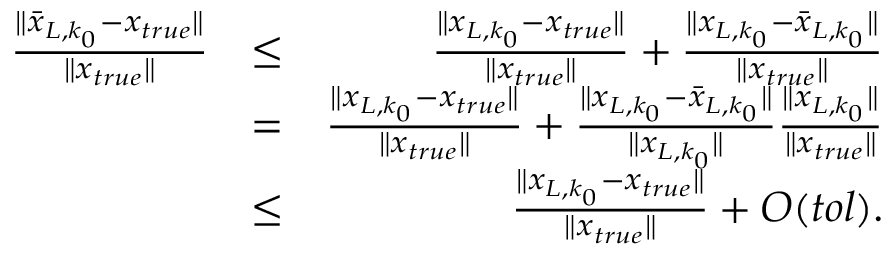
\begin{array} { r l r } { \frac { \| \bar { x } _ { L , k _ { 0 } } - x _ { t r u e } \| } { \| x _ { t r u e } \| } } & { \leq } & { \frac { \| x _ { L , k _ { 0 } } - x _ { t r u e } \| } { \| x _ { t r u e } \| } + \frac { \| x _ { L , k _ { 0 } } - \bar { x } _ { L , k _ { 0 } } \| } { \| x _ { t r u e } \| } } \\ & { = } & { \frac { \| x _ { L , k _ { 0 } } - x _ { t r u e } \| } { \| x _ { t r u e } \| } + \frac { \| x _ { L , k _ { 0 } } - \bar { x } _ { L , k _ { 0 } } \| } { \| x _ { L , k _ { 0 } } \| } \frac { \| x _ { L , k _ { 0 } } \| } { \| x _ { t r u e } \| } } \\ & { \leq } & { \frac { \| x _ { L , k _ { 0 } } - x _ { t r u e } \| } { \| x _ { t r u e } \| } + { \cal O } ( t o l ) . } \end{array}